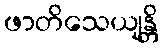
ဖာတိသေယျန္တိ